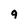
Character: 9